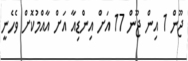
ޖޫން 1 އިން ޖޫން 17 އަށް އިންޑިއާ އަށް އާއްމުކޮށް ވެހެނީ